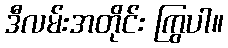
ဒီလမ်းအတိုင်း ကြွပါ။